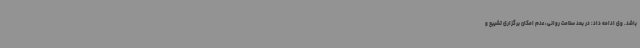
باشد. وی ادامه داد: در بعد سلامت روانی، عدم امکان برگزاری تشییع و